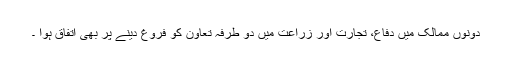
دونوں ممالک میں دفاع، تجارت اور زراعت میں دو طرفہ تعاون کو فروغ دینے پر بھی اتفاق ہوا ۔